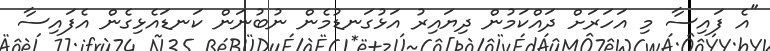
"އެ ފައިސާ މި އަހަރަށް ދައްކަމުން ދިޔައިރު އަޅުގަނޑުމެން ނުބުނަން ކަނޑައެޅިގެން އެފައިސާ